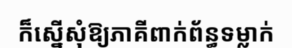
ក៏ស្នើសុំឱ្យភាគីពាក់ព័ន្ធទម្លាក់